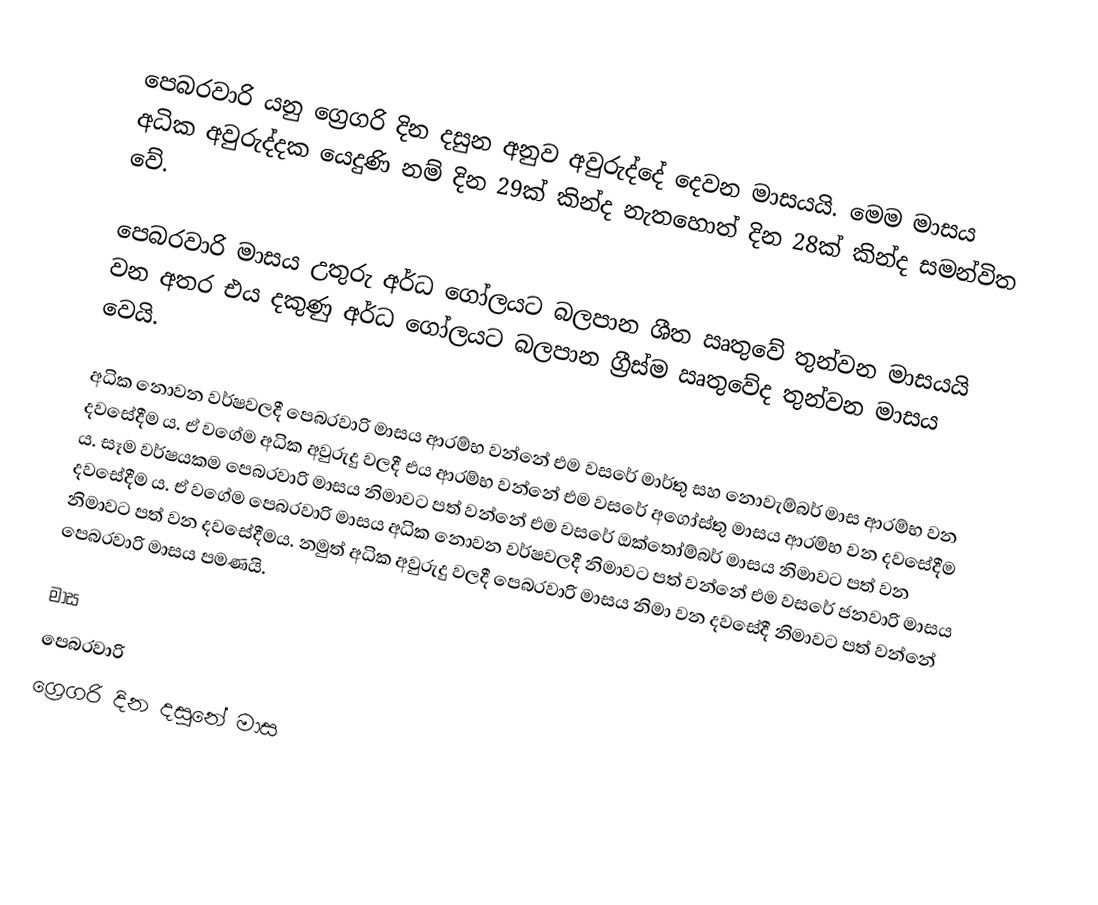
පෙබරවාරි යනු ග්‍රෙගරි දින දසුන අනුව අවුරුද්දේ දෙවන මාසයයි. මෙම මාසය අධික අවුරුද්දක යෙදුණි නම් දින 29ක් කින්ද නැතහොත් දින 28ක් කින්ද සමන්විත වේ.

පෙබරවාරි මාසය උතුරු අර්ධ ගෝලයට බලපාන ශීත ඍතුවේ තුන්වන මාසයයි වන අතර එය දකුණු අර්ධ ගෝලයට බලපාන ග්‍රීස්ම ඍතුවේද තුන්වන මාසය වෙයි.

අධික නොවන වර්ෂවලදී පෙබරවාරි මාසය ආරම්භ වන්නේ එම වසරේ මාර්තු සහ නොවැම්බර් මාස ආරම්භ වන දවසේදීම ය. ඒ වගේම අධික අවුරුදු වලදී එය ආරම්භ වන්නේ එම වසරේ අගෝස්තු මාසය ආරම්භ වන දවසේදීම ය. සෑම වර්ෂයකම පෙබරවාරි මාසය නිමාවට පත් වන්නේ එම වසරේ ඔක්තෝම්බර් මාසය නිමාවට පත් වන දවසේදීම ය. ඒ වගේම පෙබරවාරි මාසය අධික නොවන වර්ෂවලදී නිමාවට පත් වන්නේ එම වසරේ ජනවාරි මාසය නිමාවට පත් වන දවසේදීමය. නමුත් අධික අවුරුදු වලදී පෙබරවාරි මාසය නිමා වන දවසේදී නිමාවට පත් වන්නේ පෙබරවාරි මාසය පමණයි.

මාස
පෙබරවාරි
ග්‍රෙගරි දින දසුනේ මාස